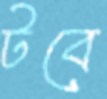
টবে